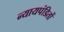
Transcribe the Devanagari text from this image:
न्यायपंडितों